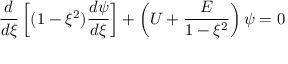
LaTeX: \frac { d } { d \xi } \left[ ( 1 - \xi ^ { 2 } ) \frac { d \psi } { d \xi } \right] + \left( U + \frac { E } { 1 - \xi ^ { 2 } } \right) \psi = 0